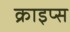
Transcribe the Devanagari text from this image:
क्राइप्स